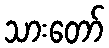
သားတော်